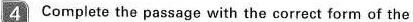
4 Complete the passage with the correct form of the